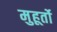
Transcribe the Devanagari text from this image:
मुहूर्तो